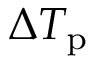
\Delta T _ { \mathrm { p } }